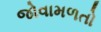
જોવામળતો